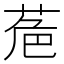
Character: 𮏘